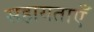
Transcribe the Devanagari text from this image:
सहायताएँ